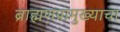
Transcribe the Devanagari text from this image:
ब्राह्मणप्रामुख्याचा